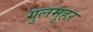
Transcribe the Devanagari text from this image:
गुलमुहर